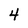
Character: 4